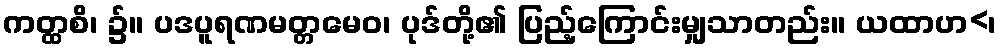
ကတ္ထစိ၊ ၌။ ပဒပူရဏမတ္တမေဝ၊ ပုဒ်တို့၏ ပြည့်ကြောင်းမျှသာတည်း။ ယထာဟ<၊